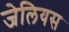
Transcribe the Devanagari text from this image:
जेलियस